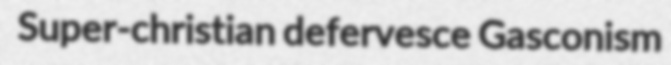
Super-christian defervesce Gasconism